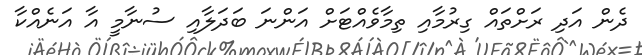
ދެން އަދި ރަށްތައް ގިރުމާއި ތިމާވެއްޓަށް އަންނަ ބަދަލާއި ސުނާމީ އާ އަނެއްކާ